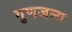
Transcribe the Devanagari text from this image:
गुणजन्य